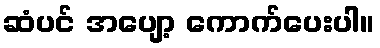
ဆံပင် အပျော့ ကောက်ပေးပါ။